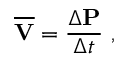
{ \overline { { \mathbf { V } } } } = { \frac { \Delta \mathbf { P } } { \Delta t } } \ ,